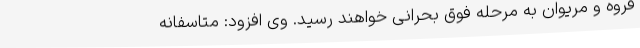
قروه و مریوان به مرحله فوق بحرانی خواهند رسید. وی افزود: متاسفانه